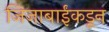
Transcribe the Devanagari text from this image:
जिजाबाईंकडून